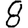
Digit: 8